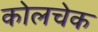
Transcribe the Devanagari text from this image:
कोलचेक